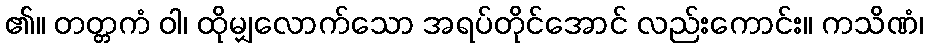
၏။ တတ္တကံ ဝါ၊ ထိုမျှလောက်သော အရပ်တိုင်အောင် လည်းကောင်း။ ကသိဏံ၊